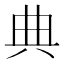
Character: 典